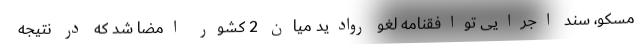
مسکو، سند اجرایی توافقنامه لغو روادید میان 2 کشور امضا شد که در نتیجه